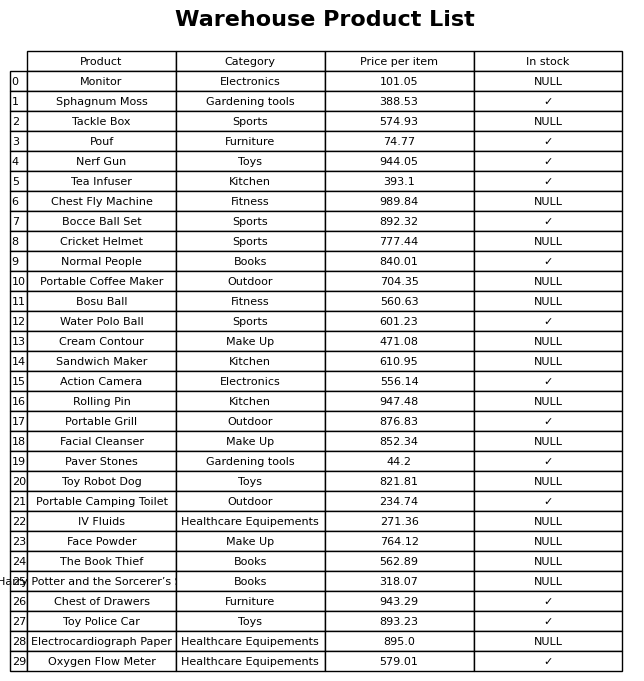
question: What is the price of the Harry Potter and the Sorcerer’s Stone?
answer: The price of Harry Potter and the Sorcerer’s Stone is 318.07.